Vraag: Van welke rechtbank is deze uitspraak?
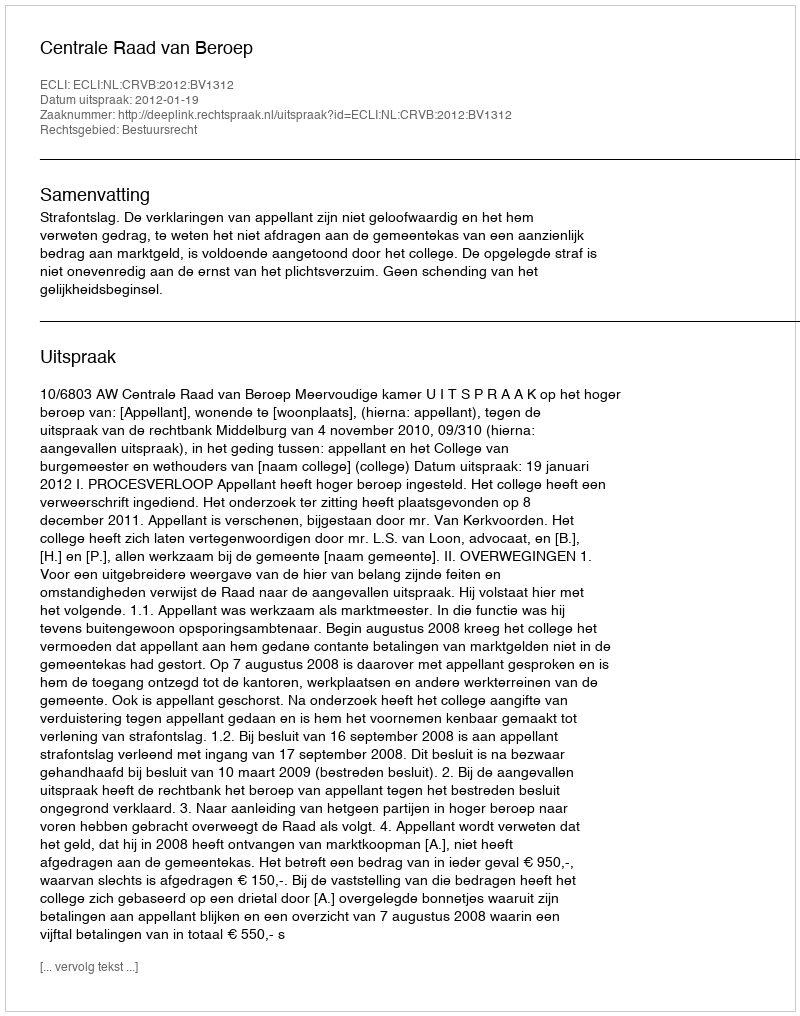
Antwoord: Centrale Raad van Beroep